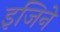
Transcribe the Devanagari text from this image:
इजिने